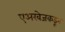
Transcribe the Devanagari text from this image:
एअरवेजकडून